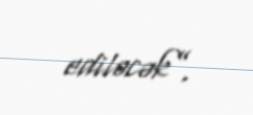
ediləcək”.